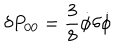
\delta P _ { 0 0 } = \frac { 3 } { 8 } \dot { \phi } \delta \dot { \phi }